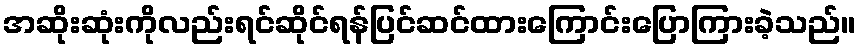
အဆိုးဆုံးကိုလည်းရင်ဆိုင်ရန်ပြင်ဆင်ထားကြောင်းပြောကြားခဲ့သည်။